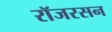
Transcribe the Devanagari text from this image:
रॉजरसन